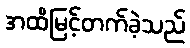
အထိမြင့်တက်ခဲ့သည်